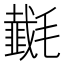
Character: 𰚵